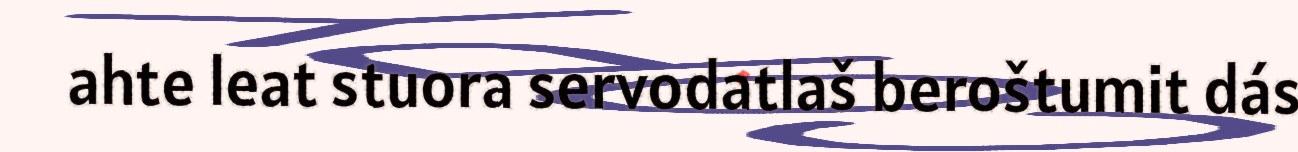
ahte leat stuora servodatlaš beroštumit dás